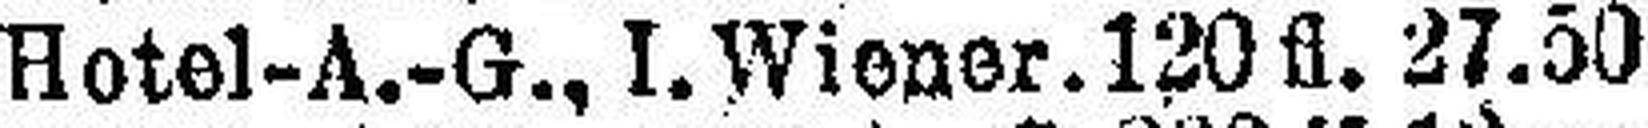
Hotel-A.-G., I. Wiener. 120 fl. 27.50